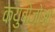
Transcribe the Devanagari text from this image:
क्युबोज़ोआ